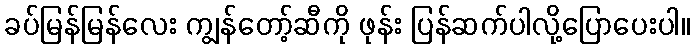
ခပ်မြန်မြန်လေး ကျွန်တော့်ဆီကို ဖုန်း ပြန်ဆက်ပါလို့ပြောပေးပါ။